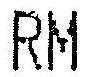
RM